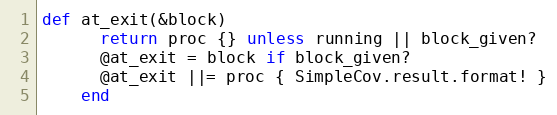
Language: Ruby
def at_exit(&block)
      return proc {} unless running || block_given?
      @at_exit = block if block_given?
      @at_exit ||= proc { SimpleCov.result.format! }
    end